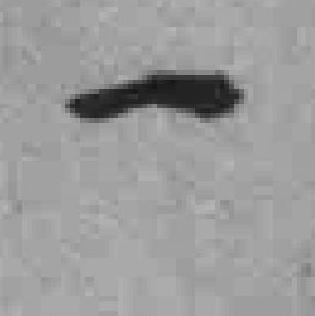
一